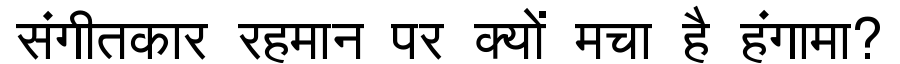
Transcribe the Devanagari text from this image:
संगीतकार रहमान पर क्यों मचा है हंगामा?